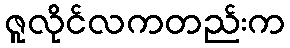
ဇူလိုင်လကတည်းက